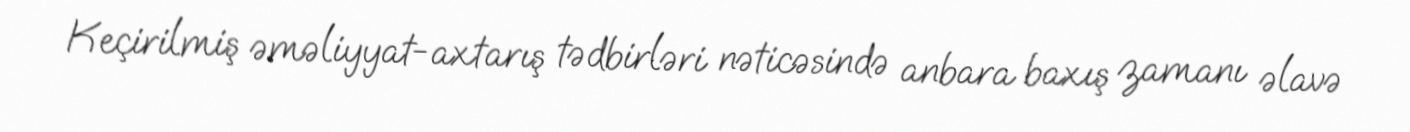
Keçirilmiş əməliyyat-axtarış tədbirləri nəticəsində anbara baxış zamanı əlavə